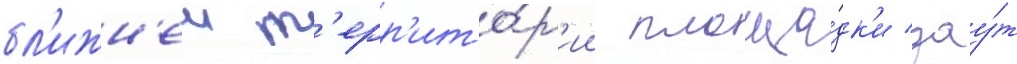
бл'ижн'еи т'ерр'ито́р'ии площа́дк'и дау́т